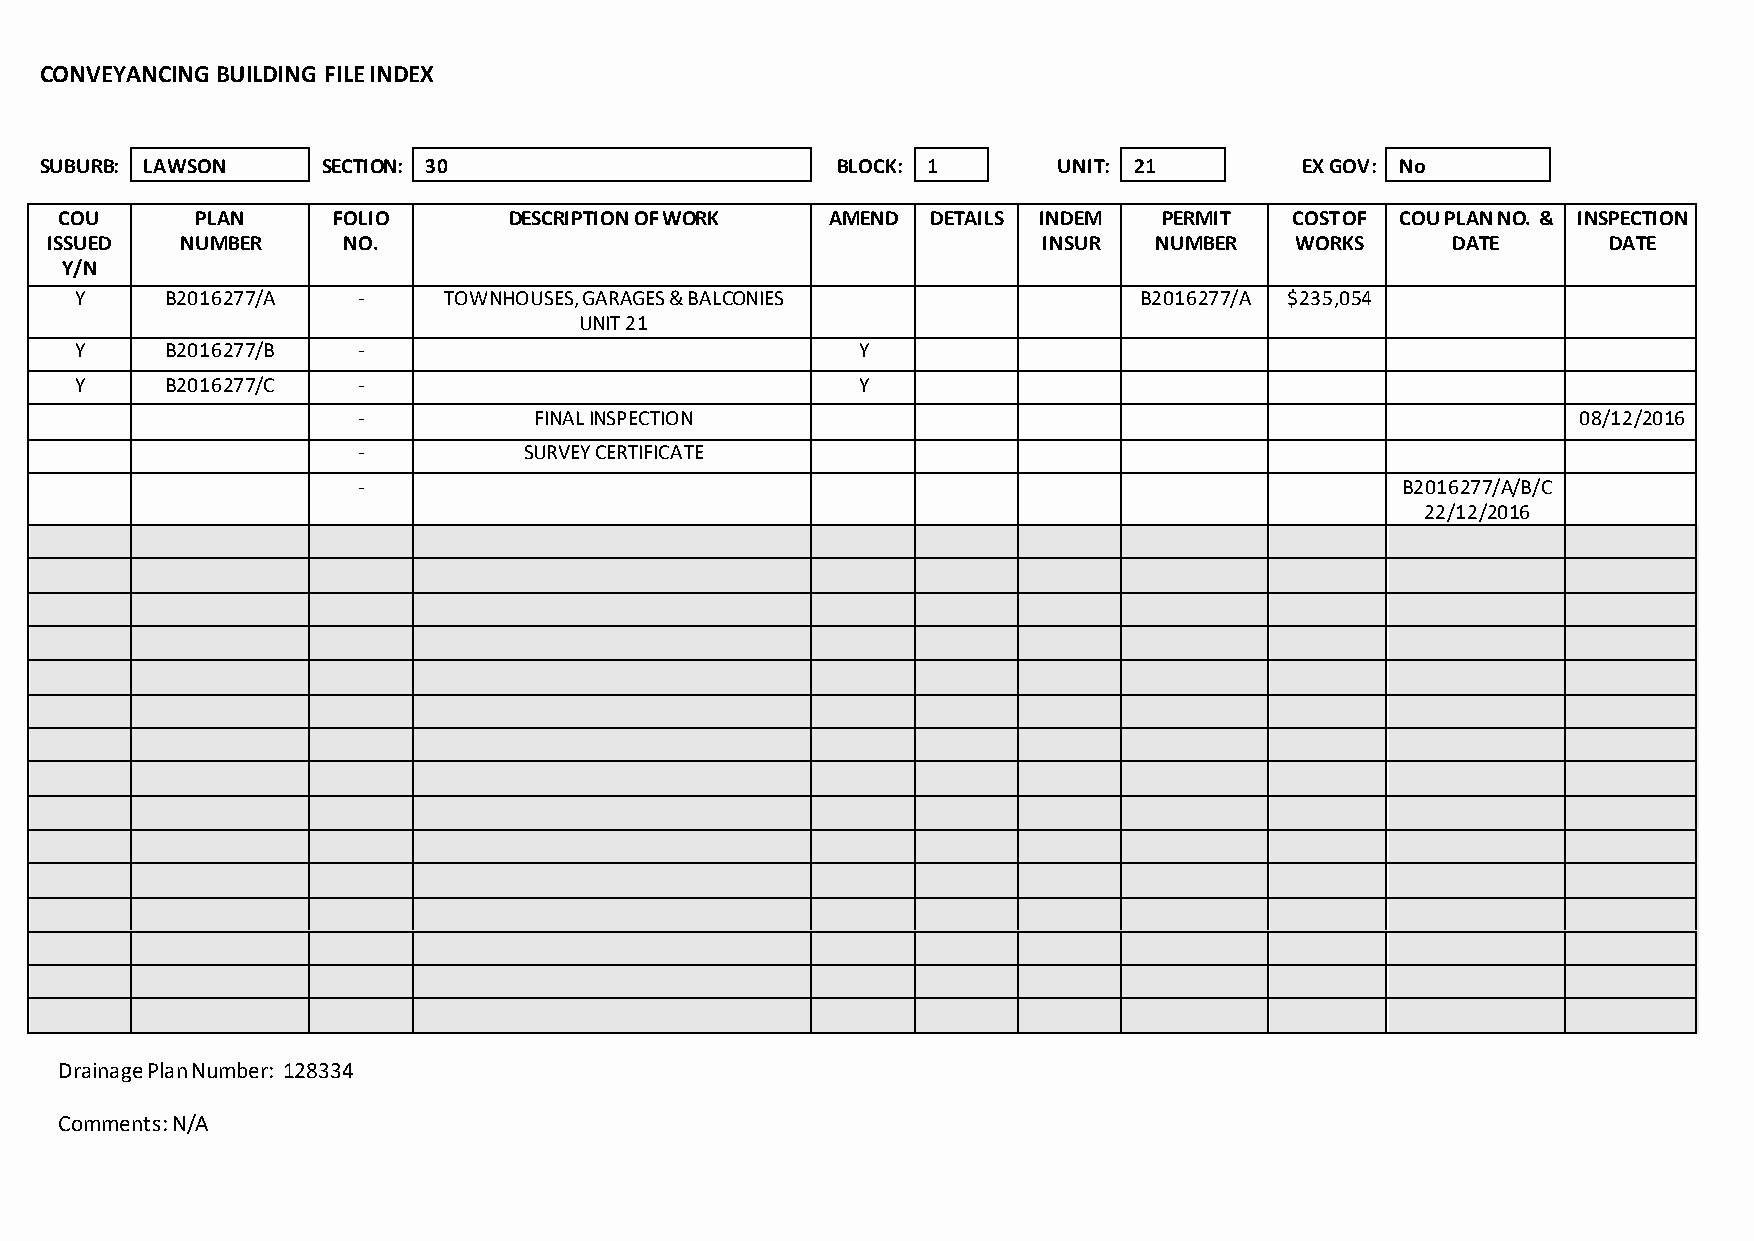
CONVEYANCING BUILDING FILE INDEX
 SUBURB: LAWSON    SECTION: 30                       BLOCK: 1       UNIT: 21        EX GOV: No
 COU      PLAN     FOLIO       DESCRIPTION OF WORK  AMEND  DETAILS INDEM  PERMIT   COST OF COU PLAN NO. & INSPECTION
 ISSUED   NUMBER     NO.                                           INSUR  NUMBER    WORKS     DATE      DATE
 Y/N
 Y     B2016277/A   -    TOWNHOUSES, GARAGES & BALCONIES               B2016277/A $235,054
 UNIT 21
 Y     B2016277/B   -                                Y
 Y     B2016277/C   -                                Y
 -          FINAL INSPECTION                                                     08/12/2016
 -          SURVEY CERTIFICATE
 -                                                                    B2016277/A/B/C
 22/12/2016
 Drainage Plan Number: 128334
 Comments: N/A